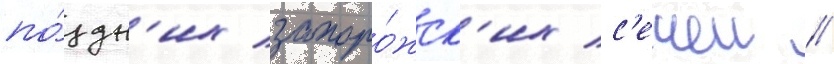
по́здн'их запоро́жск'их с'ечеи //